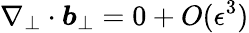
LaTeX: \nabla_{\perp}\cdot\boldsymbol{b}_{\perp}=0+O(\epsilon^{3})